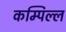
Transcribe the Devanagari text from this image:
कम्पिल्ल